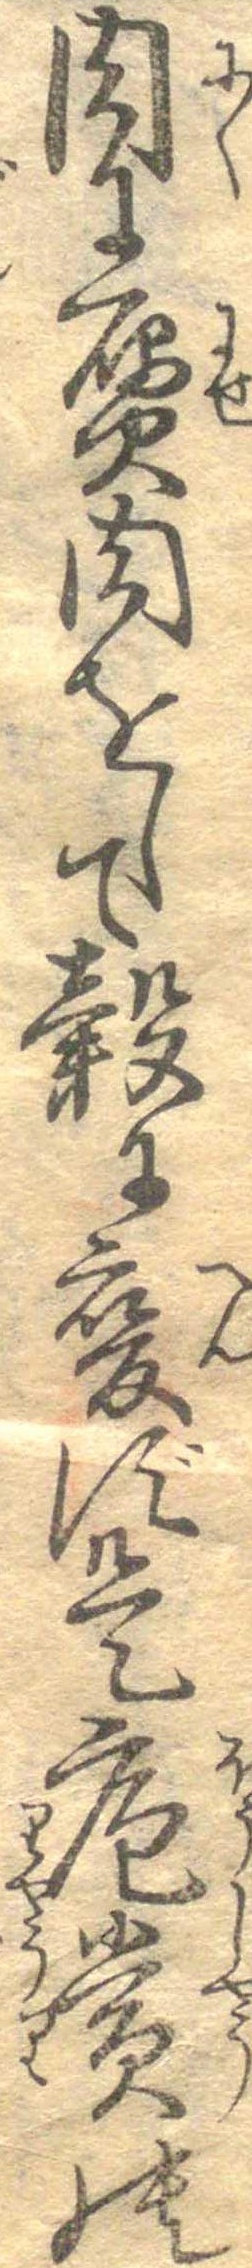
肉に贋肉をして穀に変ず是庖賞の